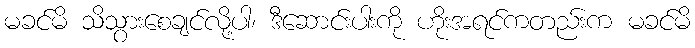
မခင်မိ သိသွားစေချင်လို့ပါ၊ ဒီဆောင်းပါးကို ဟိုးအရင်ကတည်းက မခင်မိ